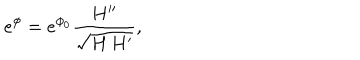
e ^ { \phi } = e ^ { \phi _ { 0 } } \frac { H ^ { \prime \prime } } { \sqrt { H \, H ^ { \prime } } } ,